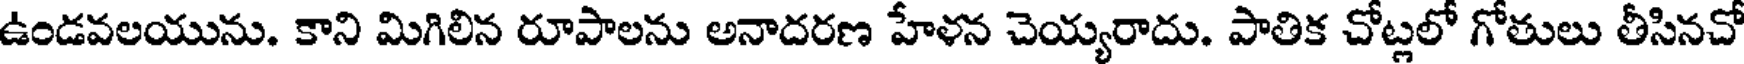
ఉండవలయును. కాని మిగిలిన రూపాలను అనాదరణ హేళన చెయ్యరాదు. పాతిక చోట్లలో గోతులు తీసినచో